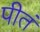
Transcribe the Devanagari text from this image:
पीतं